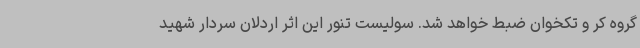
گروه کر و تکخوان ضبط خواهد شد. سولیست تنور این اثر اردلان سردار شهید